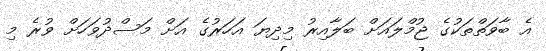
އެ ބާވަތްތަކުގެ ޖުމްލައަށް ބަލާއިރު މިދިޔަ އަހަރުގެ އަށް މަސްދުވަހަށް ވުރެ މި